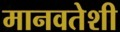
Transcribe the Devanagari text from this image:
मानवतेशी